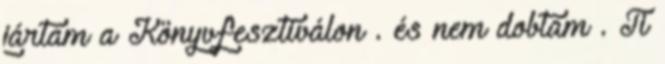
jártam a Könyvfesztiválon . és nem dobtam . Ti